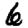
Digit: 6